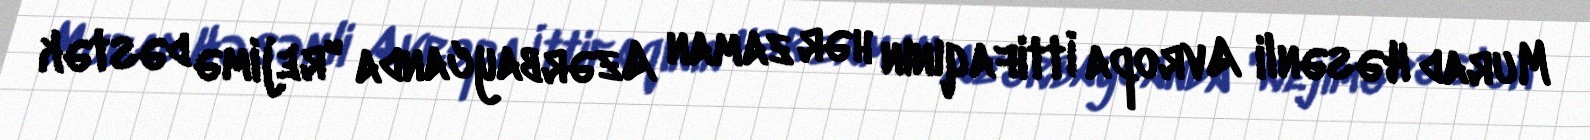
Murad Həsənli Avropa İttifaqının hər zaman Azərbaycanda "rejimə dəstək